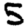
Digit: 5